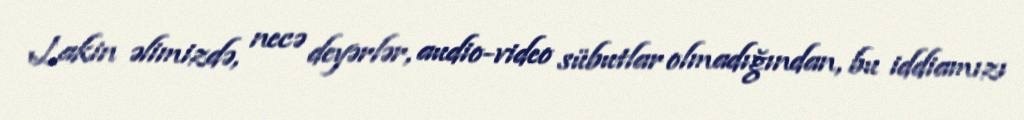
Lakin əlimizdə, necə deyərlər, audio-video sübutlar olmadığından, bu iddiamızı